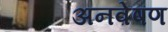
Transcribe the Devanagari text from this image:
अनवेषण